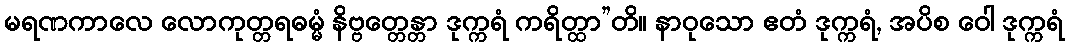
မရဏကာလေ လောကုတ္တရဓမ္မံ နိဗ္ဗတ္တေန္တာ ဒုက္ကရံ ကရိတ္ထာ”တိ။ နာဝုသော ဧတံ ဒုက္ကရံ, အပိစ ဝေါ ဒုက္ကရံ